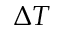
\Delta T